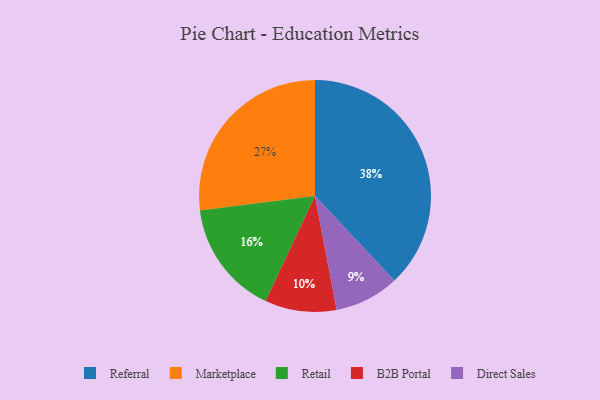
{"axis": {"x": "Category", "y": "Percentage"}, "legend": ["B2B Portal", "Direct Sales", "Marketplace", "Referral", "Retail"], "data": [{"x": "B2B Portal", "y": 10, "type": "B2B Portal"}, {"x": "Referral", "y": 38, "type": "Referral"}, {"x": "Retail", "y": 16, "type": "Retail"}, {"x": "Direct Sales", "y": 9, "type": "Direct Sales"}, {"x": "Marketplace", "y": 27, "type": "Marketplace"}]}